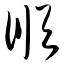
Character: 顺